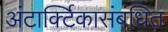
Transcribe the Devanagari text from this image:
अंटार्क्टिकासंबंधित